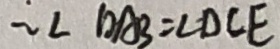
\therefore \angle D A B = \angle D C E